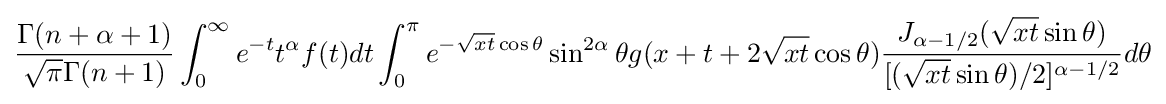
{\frac {\Gamma (n+\alpha +1)}{{\sqrt {\pi }}\Gamma (n+1)}}\int _{0}^{\infty }e^{-t}t^{\alpha }f(t)dt\int _{0}^{\pi }e^{-{\sqrt {xt}}\cos \theta }\sin ^{2\alpha }\theta g(x+t+2{\sqrt {xt}}\cos \theta ){\frac {J_{\alpha -1/2}({\sqrt {xt}}\sin \theta )}{[({\sqrt {xt}}\sin \theta )/2]^{\alpha -1/2}}}d\theta